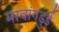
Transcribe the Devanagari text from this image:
मावांगडुई